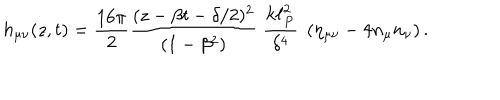
LaTeX: h _ { \mu \nu } ( z , t ) = { \frac { 1 6 \pi } { 2 } } { \frac { ( z - \beta t - \delta / 2 ) ^ { 2 } } { ( 1 - \beta ^ { 2 } ) } } \; { \frac { k \ell _ { P } ^ { 2 } } { \delta ^ { 4 } } } \; \left( \eta _ { \mu \nu } - 4 n _ { \mu } n _ { \nu } \right) .